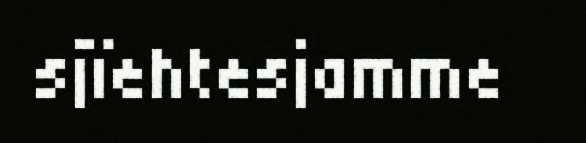
sjïehtesjamme